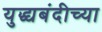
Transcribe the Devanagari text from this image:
युद्ध्यबंदीच्या